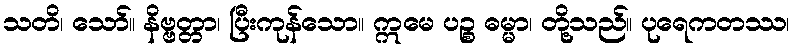
သတိ၊ သော်။ နိဗ္ဗတ္တာ၊ ပြီးကုန်သော။ ဣမေ ပဉ္စ ဓမ္မာ၊ တို့သည်။ ပုရေကတဿ၊